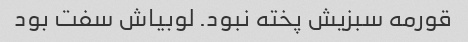
قورمه سبزیش پخته نبود. لوبیاش سفت بود